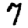
Digit: 7